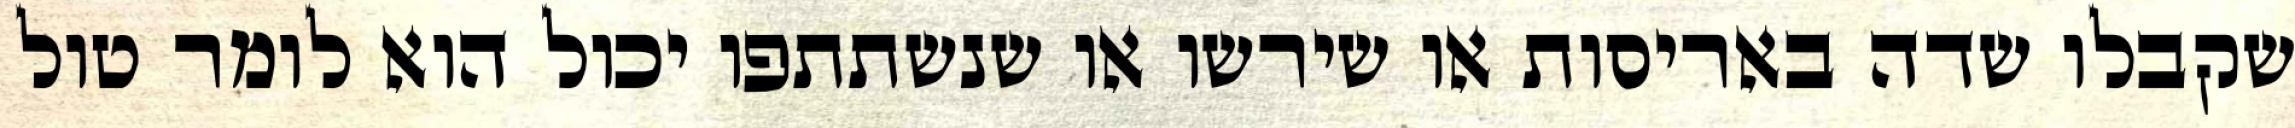
שקבלו שדה באריסות או שירשו או שנשתתפו יכול הוא לומר טול